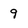
Character: 9